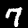
Label: 7